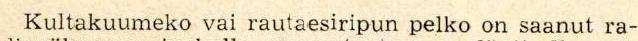
Kultakuumeko vai rautaesiripun pelko on saanut ra-